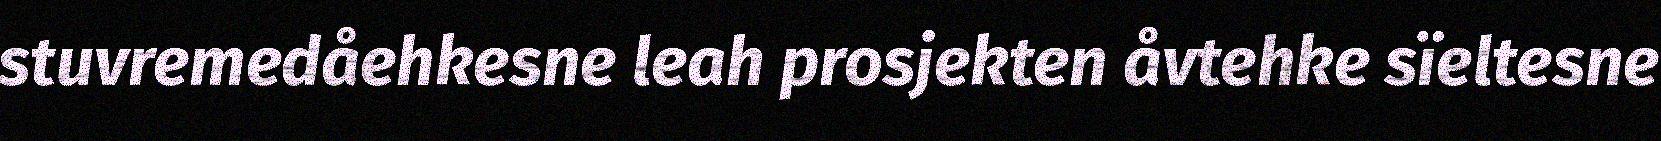
stuvremedåehkesne leah prosjekten åvtehke sïeltesne